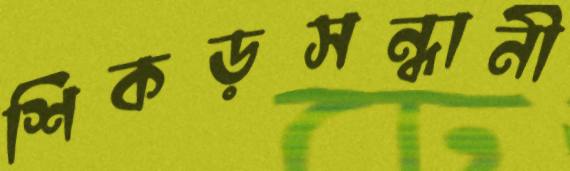
শিকড়সন্ধানী